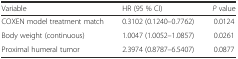
| Variable | HR (95 % CI) | P value |
 | --- | --- | --- |
 | COXEN model treatment match | 0.3102 (0.1240–0.7762) | 0.0124 |
 | Body weight (continuous) | 1.0047 (1.0052–1.0857) | 0.0261 |
 | Proximal humeral tumor | 2.3974 (0.8787–6.5407) | 0.0877 |